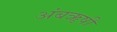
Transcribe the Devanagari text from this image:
अंबॠषी